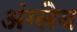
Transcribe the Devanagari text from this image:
अंग्लेय